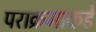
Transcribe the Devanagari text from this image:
पराक्रमाकडे